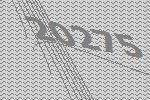
20275